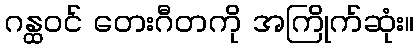
ဂန္ထဝင် တေးဂီတကို အကြိုက်ဆုံး။